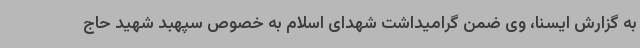
به گزارش ایسنا، وی ضمن گرامیداشت شهدای اسلام به خصوص سپهبد شهید حاج